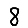
Digit: 8